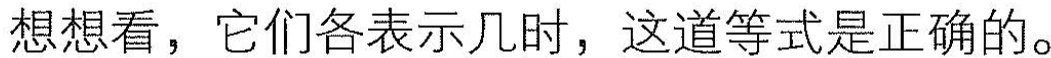
想想看，它们各表示几时，这道等式是正确的。